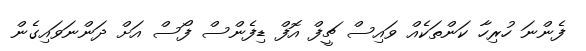
ފެންނަ ހުރިހާ ކަންތަކެއް ވައިސް ޗީފް އޮފް ޑިފެންސް ފޯސް އަށް ދަންނަވައިގެން